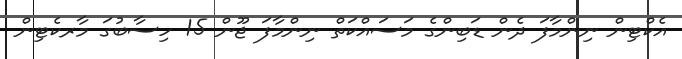
އެކްޓިން ނިންމާފަ ދެން ޑަބިންގެ މަސައްކަތް ނިންމާފަ ޖޫން 15 ހިސާބުގަ މާރކެޓިން